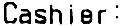
CASHIER :